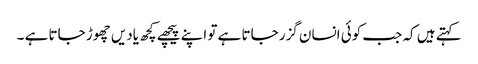
کہتے ہیں کہ جب کوئی انسان گزر جاتا ہے تو اپنے پیچھے کچھ یادیں چھوڑ جاتا ہے ۔